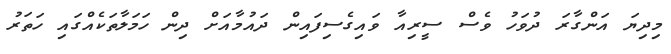
މިދިޔަ އަންގާރަ ދުވަހު ވެސް ސީރިއާ ވައިގެސިފައިން ދައުމާއަށް ދިން ހަމަލާތަކެއްގައި ހަތަރު